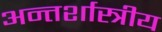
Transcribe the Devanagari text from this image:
अन्तर्शास्त्रीय